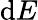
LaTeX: \mathrm{d}E